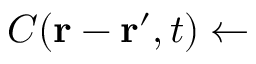
C ( \mathbf { r } - \mathbf { r ^ { \prime } } , t ) \gets